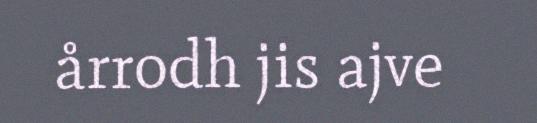
årrodh jis ajve